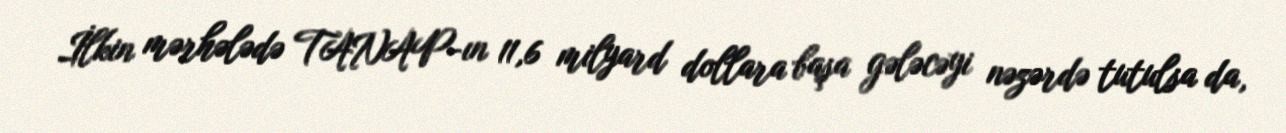
İlkin mərhələdə TANAP-ın 11,6 milyard dollara başa gələcəyi nəzərdə tutulsa da,